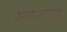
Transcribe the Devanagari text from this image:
अजानबाहू